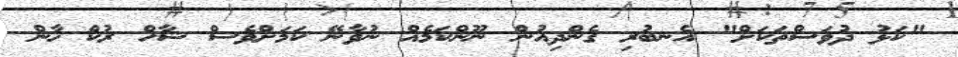
"ކަޅު ދުވަސްތަކަށް" އެނބުރި ގެންދިއުން ނޫންކަމެއް ނުވާނޭ ކަމަށްވެސް ޝާހް ރުކް ޚާން